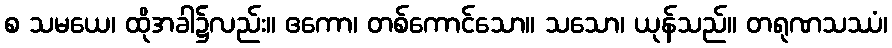
စ သမယေ၊ ထိုအခါ၌လည်း။ ဧကော၊ တစ်ကောင်သော။ သသော၊ ယုန်သည်။ တရုဏသဿံ၊